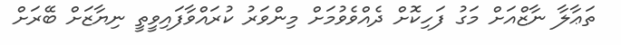
ތަޢާލާ ނާޒްއަށް މަގު ފަހިކޮށް ދެއްވެވުމަށް މިންވަރު ކުރައްވާފައިވީތީ ނިޔާޒަށް ބޭރަށް